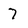
Character: 7